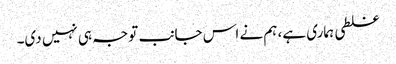
غلطی ہماری ہے، ہم نے اس جانب توجہ ہی نہیں دی۔